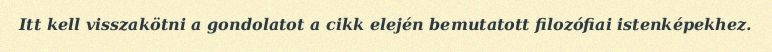
Itt kell visszakötni a gondolatot a cikk elején bemutatott filozófiai istenképekhez.